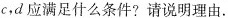
c，d应满足什么条件?请说明理由.